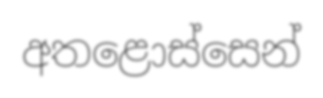
අතළොස්සෙන්